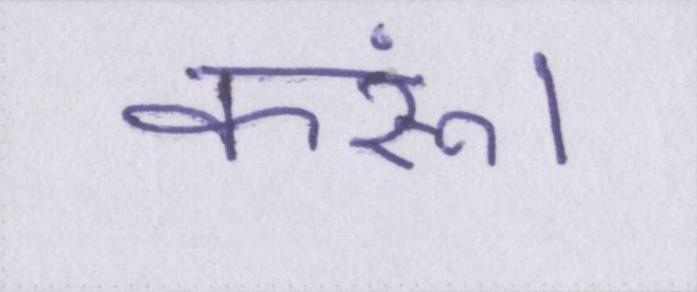
करूं।